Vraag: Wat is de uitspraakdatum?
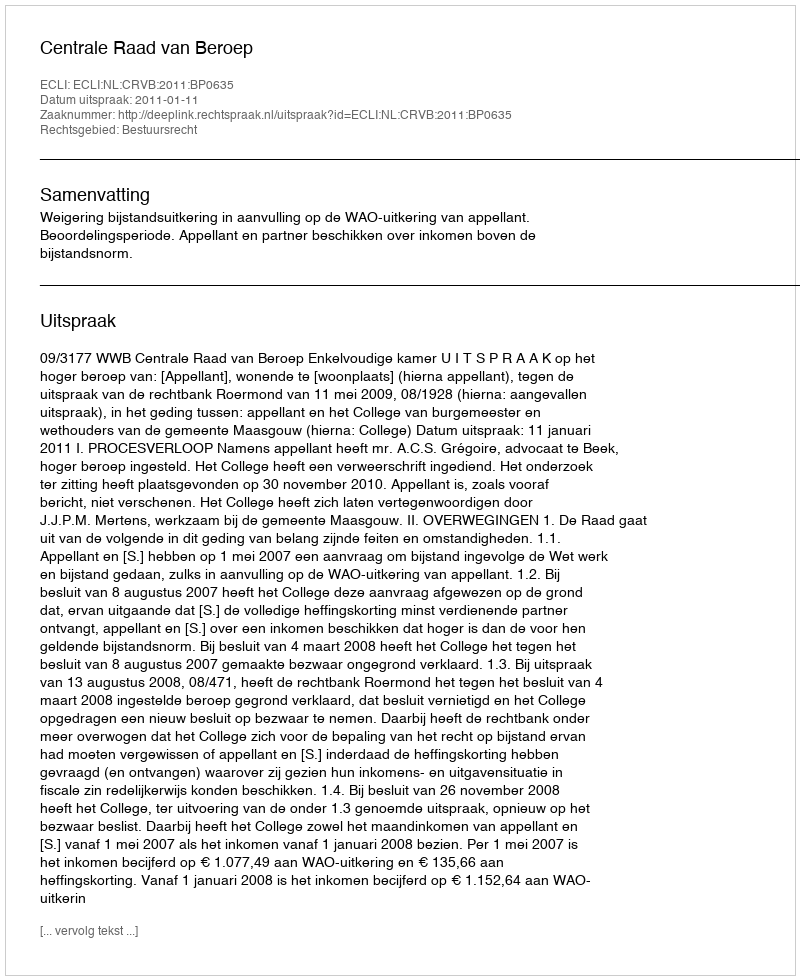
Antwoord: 2011-01-11